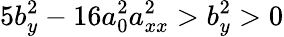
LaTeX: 5b_{y}^{2}-16a_{0}^{2}a_{xx}^{2}>b_{y}^{2}>0